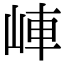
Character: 𡷖